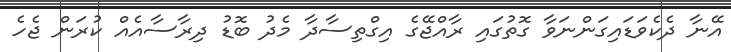
އޭނާ ދެކެވަޑައިގަންނަވާ ގޮތުގައި ރާއްޖޭގެ އިގްތިސާދާ މެދު ބޮޑު ދިރާސާއެއް ކުރަން ޖެހެ